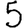
Digit: 5